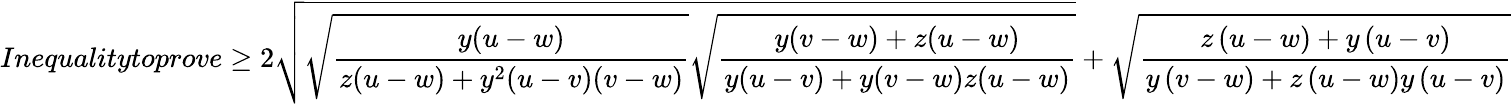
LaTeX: Inequalitytoprove\geq 2\sqrt{\sqrt{\frac{y(u-w)}{z(u-w)+y^{2}(u-v)(v-w)}}\sqrt{\frac{y(v-w)+z(u-w)}{y(u-v)+y(v-w)z(u-w)}}}+\sqrt{\frac{z\left(u-w\right)+y\left(u-v\right)}{y\left(v-w\right)+z\left(u-w\right)y\left(u-v\right)}}